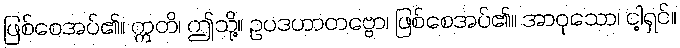
ဖြစ်စေအပ်၏။ ဣတိ၊ ဤသို့။ ဥပဒဟာတဗ္ဗော၊ ဖြစ်စေအပ်၏။ အာဝုသော၊ ငါ့ရှင်။